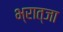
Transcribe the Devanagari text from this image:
भ्रात्जा